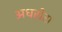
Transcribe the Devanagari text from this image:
अधसेरा